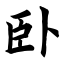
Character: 卧